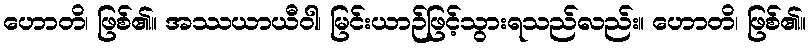
ဟောတိ၊ ဖြစ်၏။ အဿယာယီဝါ၊ မြင်းယာဉ်ဖြင့်သွားရသည်လည်း။ ဟောတိ၊ ဖြစ်၏။